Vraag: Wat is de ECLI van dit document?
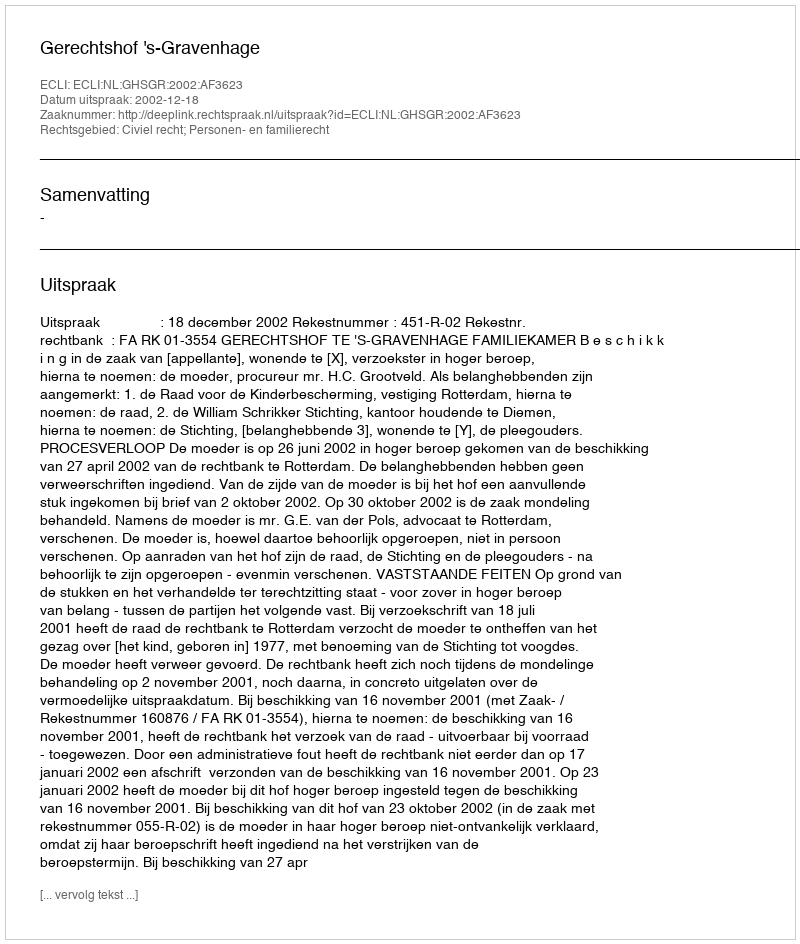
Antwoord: ECLI:NL:GHSGR:2002:AF3623